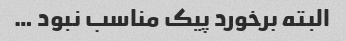
البته برخورد پیک مناسب نبود …